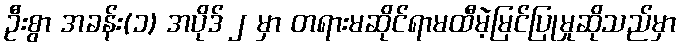
ဦးစွာ အခန်း(၁) အပိုဒ် ၂ မှာ တရားမဆိုင်ရာမထီမဲ့မြင်ပြုမှုဆိုသည်မှာ